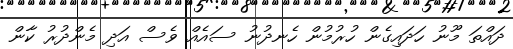
ދައްތަ މޫނު ހަދައިގެން ހުރުމުން ހެނދުނު ސައެއް ވެސް އަދި މެންދުރު ކާން